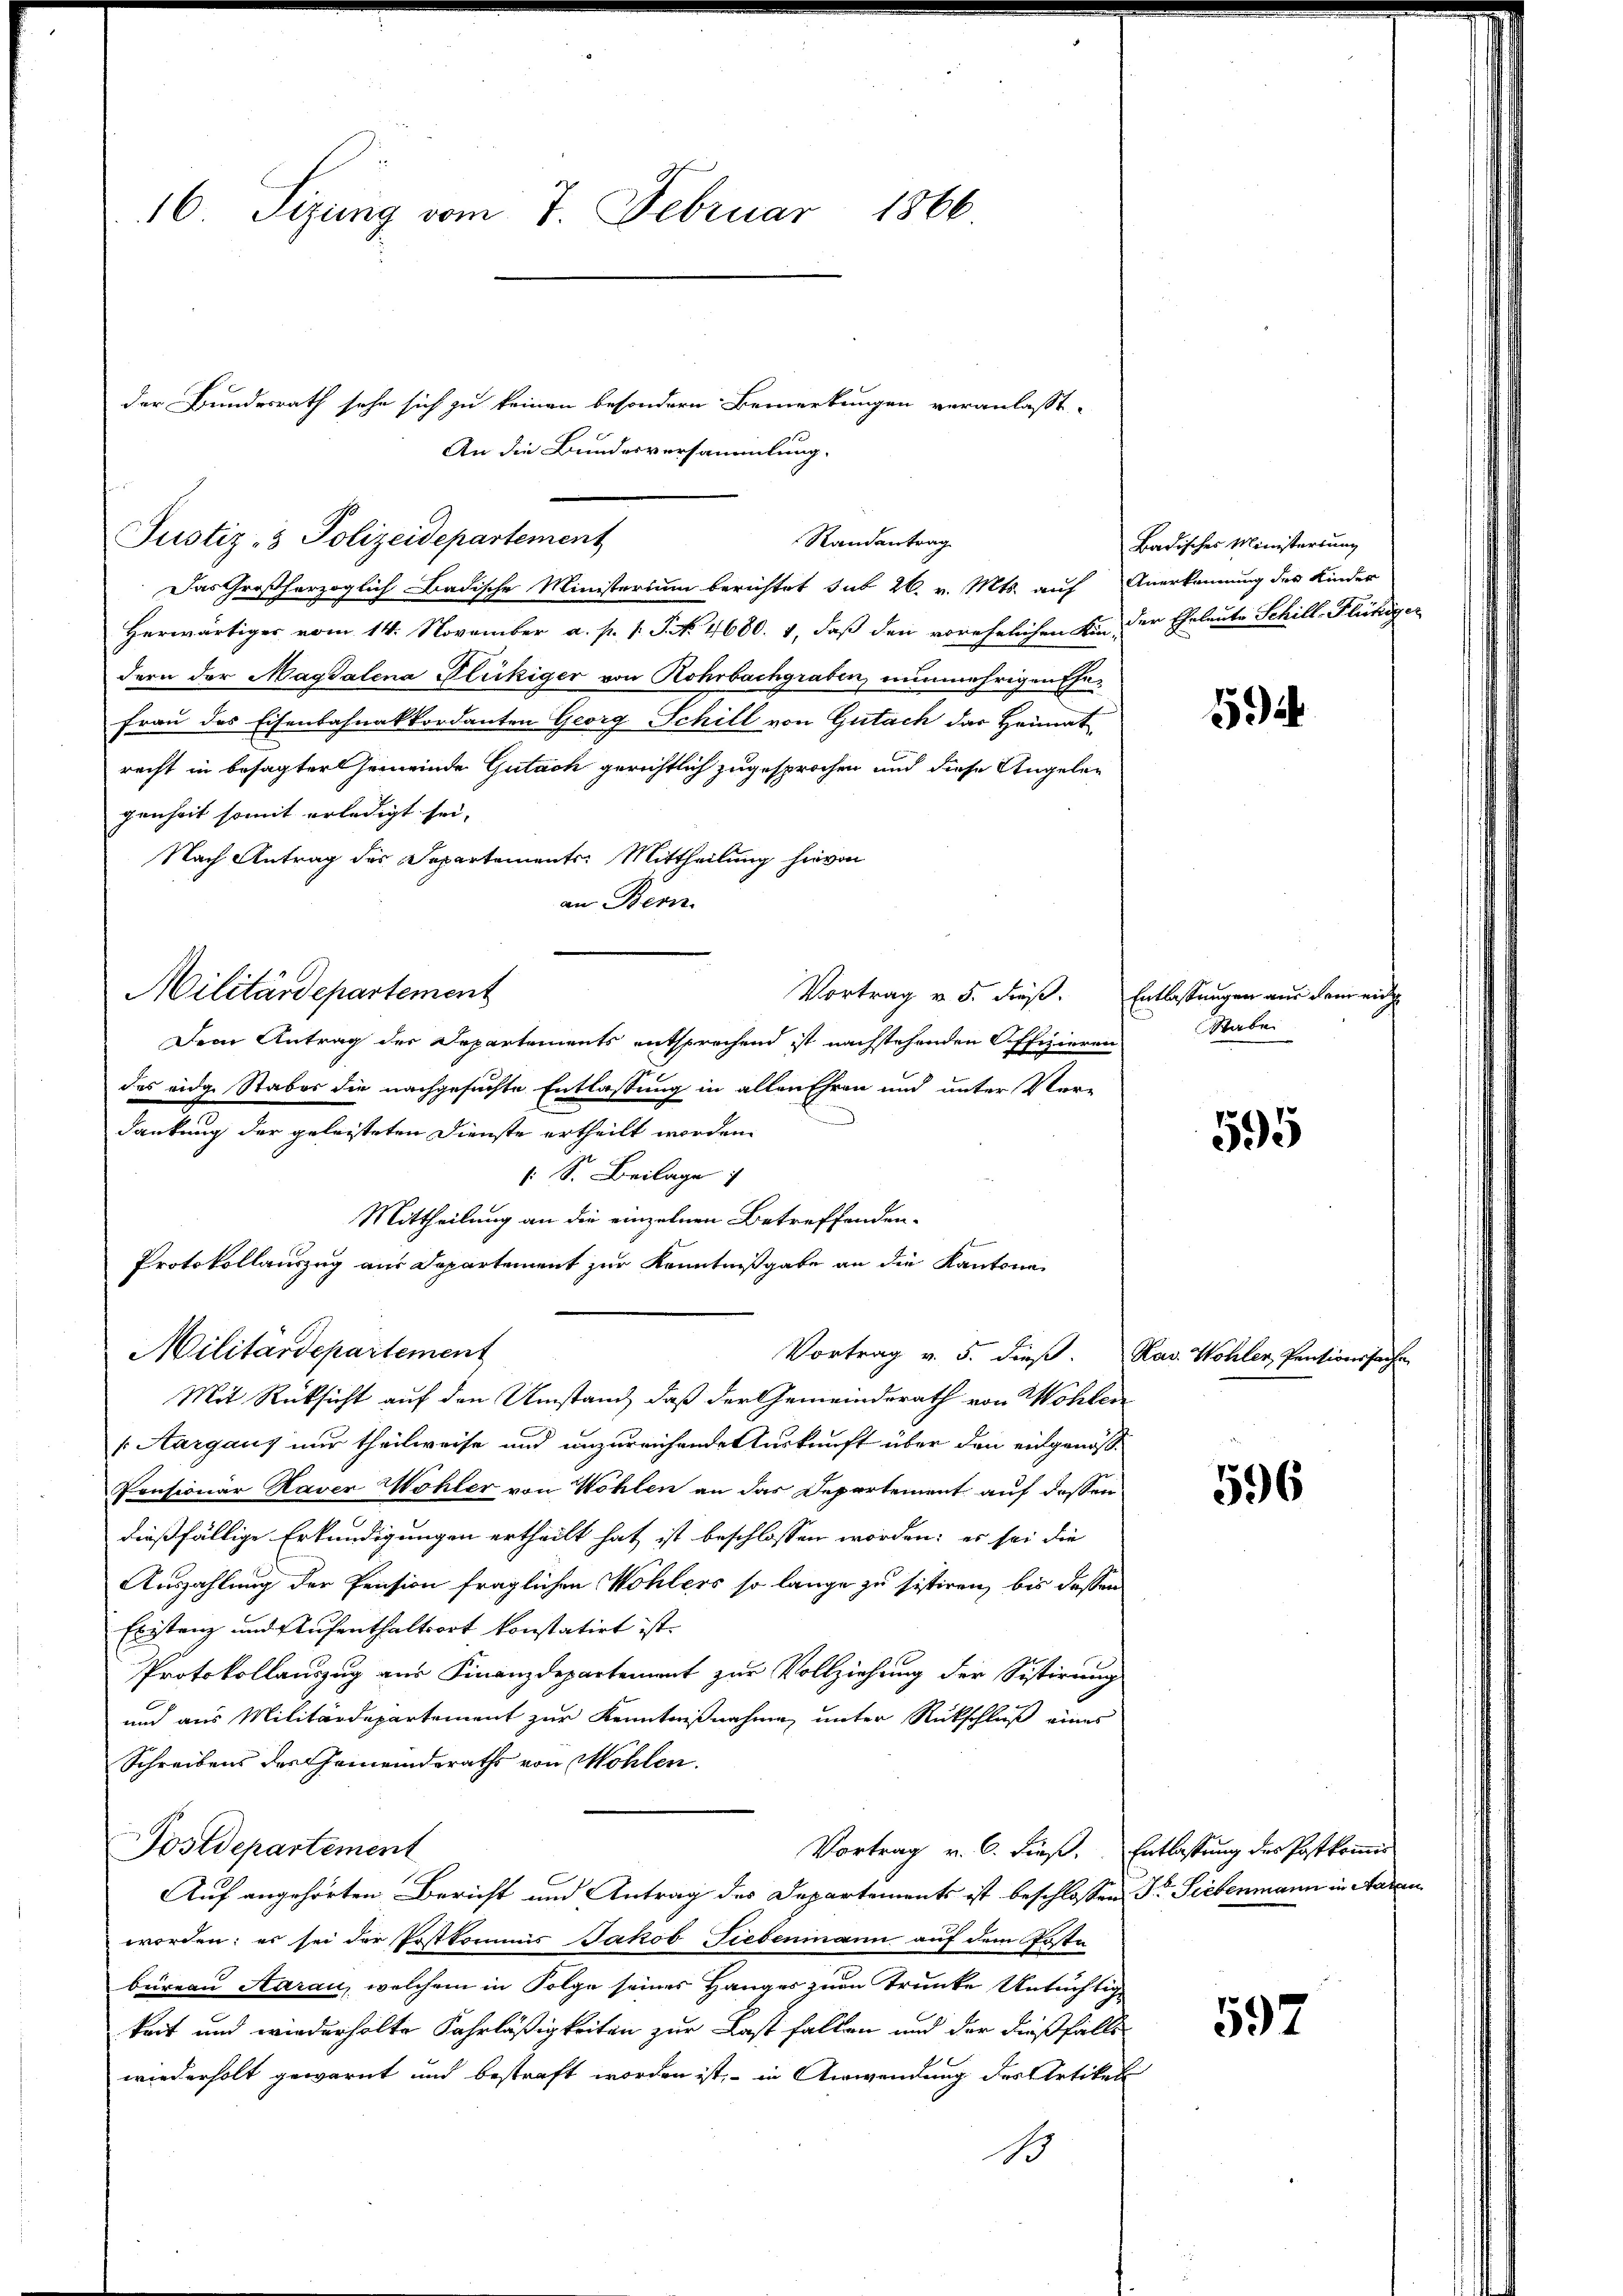
16 Sizung vom 7. Februar 1866.

Militärdepartement

Militärdepartement

Justiz- & Polizeidepartement
Das Großherzoglich-Badische Ministerium berichtet sub 26. v. Mts. auf Anerkennung des Kinder
Herwärtiger vom 14. November a. p. v. J. N. 4600. 1, daß den vorehelichen Kinder Eheleute Schill-Flückiger
dern der Magdalena Flickiger von Rohrbachgraben, nunmehrigen Ehe¬
Frau des Eisenbahnakkordanten Georg Schill von Gutach das Heimat
recht in besagter Gemeinde Gutach gerichtlich zugesprochen und diese Angeleg
genheit somit erledigt sei.
Nach Antrag des Departements: Mittheilung hievon
an Bern.
Vortrag v. 5. dieß. Entlassungen aus dem ein
Dem Antrag der Departements entsprechend ist nachstehenden Offizieren
das eidge Staber die nachgesuchte Entlassung in allen Ehren und unter Ver-
dankung der geleisteten Dienste ertheilt worden.
: S. Beilage
Mittheilung an die einzelnen Betreffenden-
Protokollauszug aus Departement zur Kenntnißgabe an die Kantone
Vortrag v. 5. dieß. Nav. Wohler Pentionssach
Mit Rücksicht auf den Umstand, daß der Gemeinderath von Wohlen
Aargaus nur theilweise und unzureichende Auskunft über den eingenos¬
Pensionar Kaver Wohler von Wohlen an das Departement auf dessen
dießfällige Erkundigungen ertheilt hat ist beschlossen worden; es sei die
Auszahlung der Pension fraglichen Wohlers so lange zu sistiren, bis dessen
Existenz und Aufenthaltsort konstatirt ist.
Protokollauszug aus Finanzdepartement zur Vollziehung der Sistirung
und aus Militärdepartement zur Kenntnißnahme unter Rückschluß eines
Schreibens des Gemeinderaths von Mohlen.
Postdepartement
Vortrag v. 6. dieß. Entlassung des Postkommis
Auf angehörten Bericht und Antrag des Departements ist beschlossen Dr. Siebenmann in Aara
worden; es sei der Postkommis Jakob Fiebenmann auf dem Poste
bureau Aarau, welchem in Folge seines Hanges zum Trunke Untüchtig
keit und wiederholte Fahrläßigkeiten zur Last fallen und der dießfalls
wiederholt gewarnt und bestraft worden ist, – in Anwendung des Artikel
1

der Bundesrath sehe sich zu keinen besondern Bemerkungen veranlasst,
An die Bundesversammlung.

Randantrag

Badisches Ministerium

592

Stabe

595

596

597